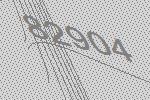
82904